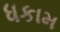
ધકામ